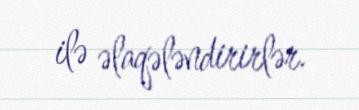
ilə əlaqələndirirlər.